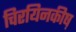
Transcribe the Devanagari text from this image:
चिरयिनकीष़